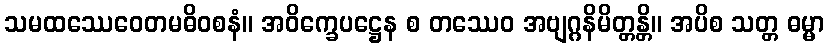
သမထဿေဝေတမဓိဝစနံ။ အဝိက္ခေပဋ္ဌေန စ တဿေဝ အဗျဂ္ဂနိမိတ္တန္တိ။ အပိစ သတ္တ ဓမ္မာ